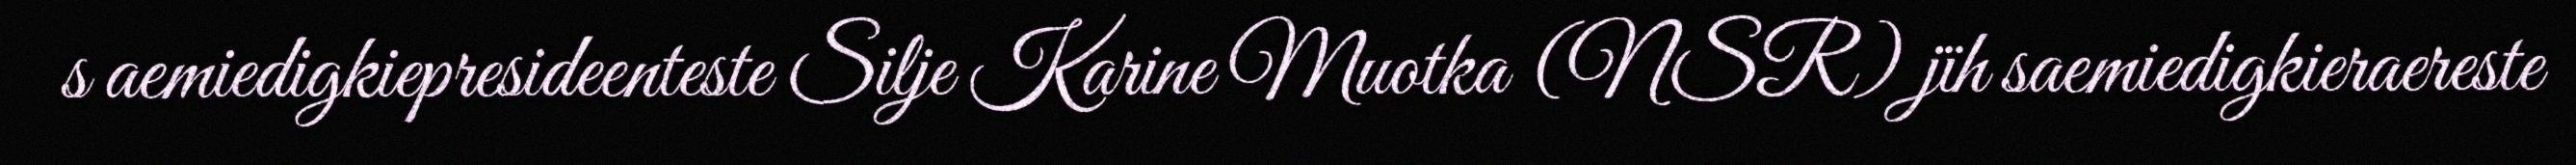
s aemiedigkiepresideenteste Silje Karine Muotka (NSR) jïh saemiedigkieraereste